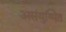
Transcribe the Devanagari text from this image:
असंयुग्मित